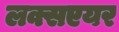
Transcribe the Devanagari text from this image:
लक्सएयर